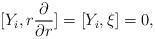
\begin{align*}[Y_i,r\dfrac{\partial}{\partial r}]=[Y_i,\xi]=0,\end{align*}